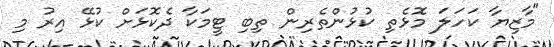
"މާޒިޔާ ކަހަލަ މޮޅެތި ކުޅުންތެރިން ތިބި ޓީމަކާ ދެކޮޅަށް ކުޅޭ އިރު މި